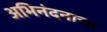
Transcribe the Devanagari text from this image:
अभिनंदनाचा